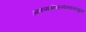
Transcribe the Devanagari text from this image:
अफगानिस्तानापासून